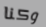
وكنا